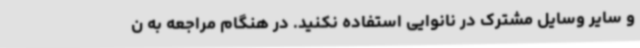
و سایر وسایل مشترک در نانوایی استفاده نکنید. در هنگام مراجعه به ن